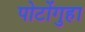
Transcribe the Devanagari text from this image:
पोटोंगुहा